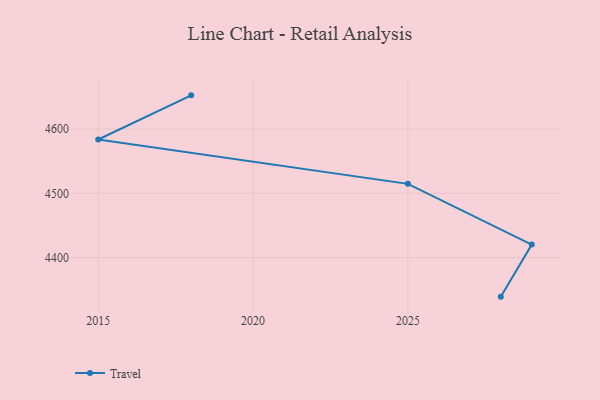
{"axis": {"x": "Year", "y": "Demand Index"}, "legend": ["Travel"], "data": [{"x": "2028", "y": 4339.4, "type": "Travel"}, {"x": "2029", "y": 4420.3, "type": "Travel"}, {"x": "2025", "y": 4514.7, "type": "Travel"}, {"x": "2015", "y": 4583.7, "type": "Travel"}, {"x": "2018", "y": 4652.3, "type": "Travel"}]}